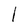
Character: l